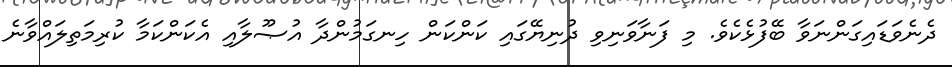
ދެނެވަޑައިގަންނަވާ ބޭފުޅެކެވެ. މި ފަނާވަނިވި ދުނިޔޭގައި ކަންކަން ހިނގަމުންދާ އުޞޫލާއި އެކަންކަމާ ކުރިމަތިލައްވާނެ